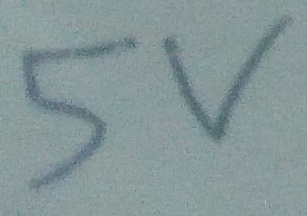
Text: 5V